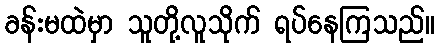
ခန်းမထဲမှာ သူတို့လူသိုက် ရပ်နေကြသည်။